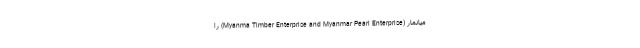
میانمار (Myanma Timber Enterprise and Myanmar Pearl Enterprise) را